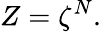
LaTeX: Z=\zeta^{N}.